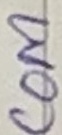
Text: COM